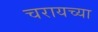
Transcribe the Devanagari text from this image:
चरायच्या